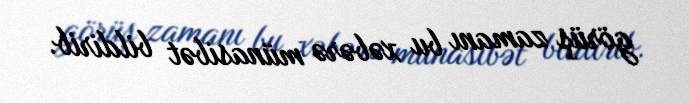
görüş zamanı bu xəbərə münasibət bildirib.